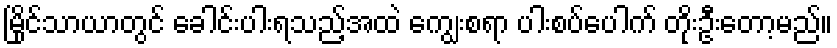
မြိုင်သာယာတွင် ခေါင်းပါးရသည့်အထဲ ကျွေးစရာ ပါးစပ်ပေါက် တိုးဦးတော့မည်။